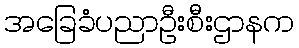
အခြေခံပညာဦးစီးဌာနက